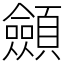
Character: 顩